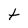
Character: t